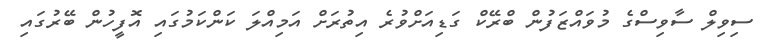
ސިވިލް ސާވިސްގެ މުވައްޒަފުން ބްރޭކް ގަޑިއަށްވުރެ އިތުރަށް އަމިއްލަ ކަންކަމުގައި އޮފީހުން ބޭރުގައި